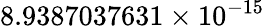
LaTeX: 8.9387037631\times 10^{-15}